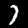
Label: 7